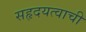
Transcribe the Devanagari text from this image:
सहृदयत्वाची